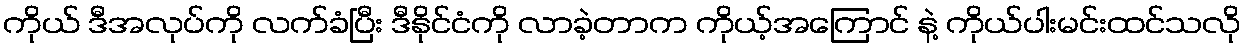
ကိုယ် ဒီအလုပ်ကို လက်ခံပြီး ဒီနိုင်ငံကို လာခဲ့တာက ကိုယ့်အကြောင် နဲ့ ကိုယ်ပါးမင်းထင်သလို